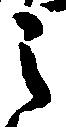
之